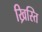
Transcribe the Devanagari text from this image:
ख्रिस्ति